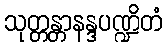
သုတ္တန္တာနန္ဒပဏ္ဍိတံ